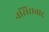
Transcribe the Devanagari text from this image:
नसिराबाद